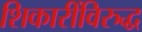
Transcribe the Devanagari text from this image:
शिकारींविरुद्ध